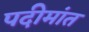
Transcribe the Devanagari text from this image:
पदीमांत